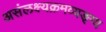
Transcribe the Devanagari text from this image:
असंलक्ष्यक्रमव्यङ्ग्य